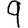
Digit: 9